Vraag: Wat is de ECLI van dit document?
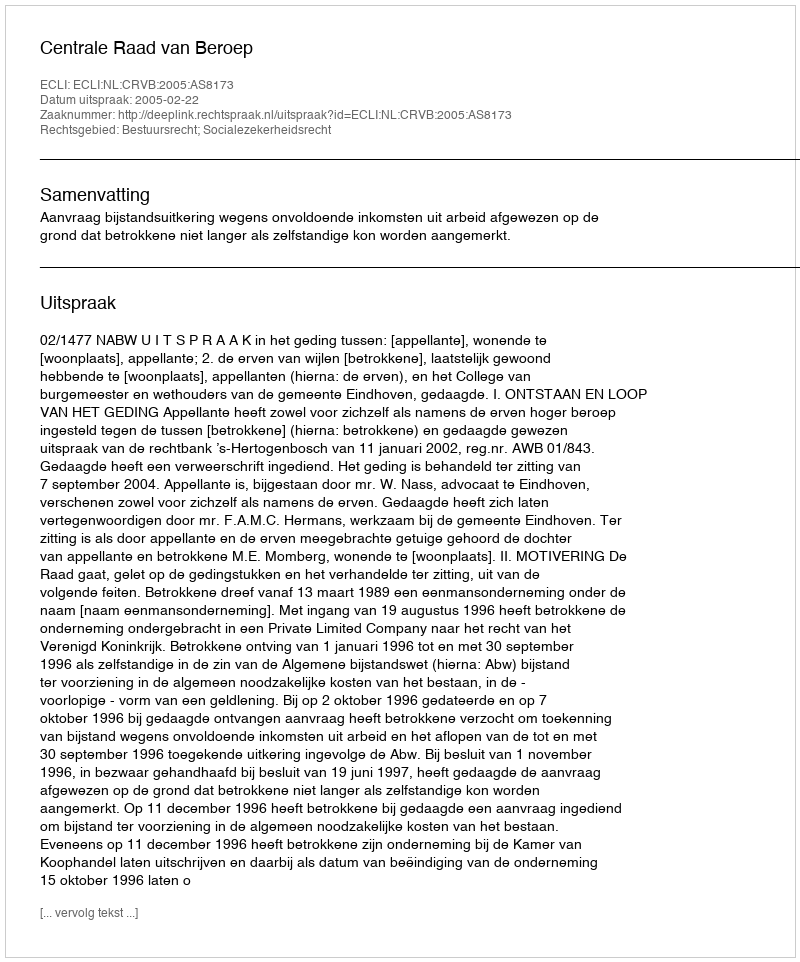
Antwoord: ECLI:NL:CRVB:2005:AS8173